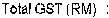
TOTAL GST(RM) :